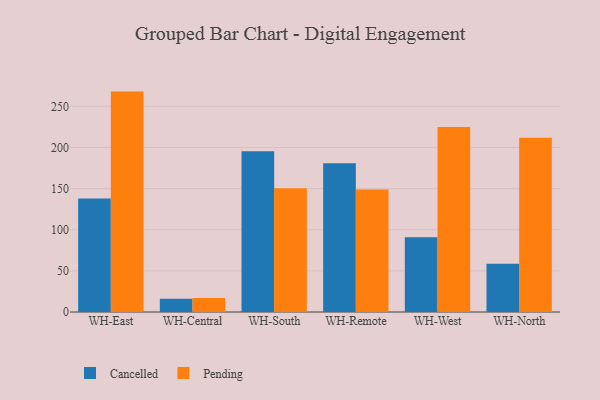
{"axis": {"x": "Warehouse", "y": "Net Income (USD K)"}, "legend": ["Cancelled", "Pending"], "data": [{"x": "WH-East", "y": 138.0, "type": "Cancelled"}, {"x": "WH-East", "y": 267.9, "type": "Pending"}, {"x": "WH-Central", "y": 16.1, "type": "Cancelled"}, {"x": "WH-Central", "y": 17.0, "type": "Pending"}, {"x": "WH-South", "y": 195.5, "type": "Cancelled"}, {"x": "WH-South", "y": 150.3, "type": "Pending"}, {"x": "WH-Remote", "y": 180.8, "type": "Cancelled"}, {"x": "WH-Remote", "y": 149.0, "type": "Pending"}, {"x": "WH-West", "y": 90.8, "type": "Cancelled"}, {"x": "WH-West", "y": 224.8, "type": "Pending"}, {"x": "WH-North", "y": 58.6, "type": "Cancelled"}, {"x": "WH-North", "y": 211.9, "type": "Pending"}]}